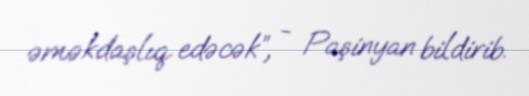
əməkdaşlıq edəcək”, - Paşinyan bildirib.